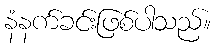
နံနက်ခင်းဖြစ်ပါသည်။